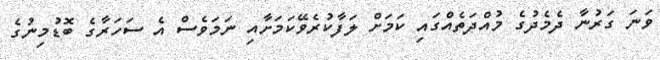
ވަނަ ގަރުނާ ދެމެދުގެ މުއްދަތެއްގައި ކަމަށް ލަފާކުރެވޭކަމަށާއި ނަމަވެސް އެ ސަހަރާގެ ބޮޑުމިނުގެ